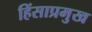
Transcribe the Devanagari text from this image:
हिंसाप्रमुख